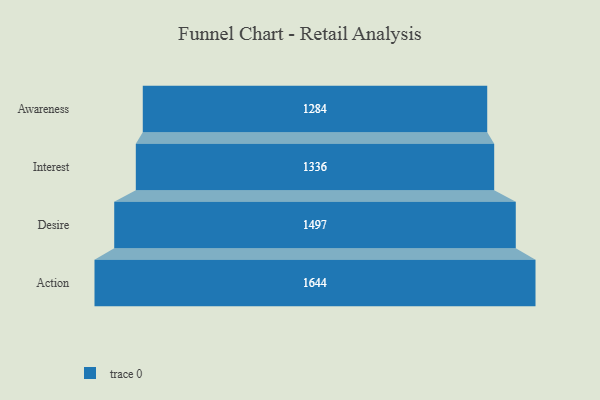
{"axis": {"x": "Stage", "y": "Value"}, "legend": [""], "data": [{"x": "Awareness", "y": 1284.0, "type": ""}, {"x": "Interest", "y": 1336.0, "type": ""}, {"x": "Desire", "y": 1497.0, "type": ""}, {"x": "Action", "y": 1644.0, "type": ""}]}